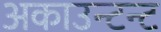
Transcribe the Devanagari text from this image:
अकाउन्टन्ट